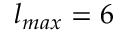
l _ { m a x } = 6